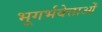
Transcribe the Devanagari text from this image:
भूगर्भवेत्ताओं